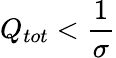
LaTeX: Q_{tot}<\frac{1}{\sigma}